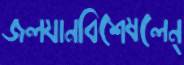
জলযানবিশেষলেন্